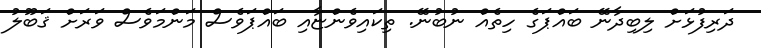
ދަރިފުޅަށް ލިބިދާނޭ ބައްޕަގެ ހިތެއް ނުބުނޭ. ތިކައިވެންޏާއި ބައްޕަވެސް މަންމަވެސް ވަރަށް ޤަބޫލު